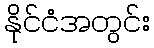
နိုင်ငံအတွင်း